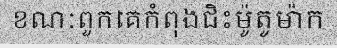
ខណៈពួកគេកំពុងជិះម៉ូតូម៉ាក